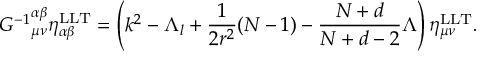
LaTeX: { { \cal G } ^ { - 1 } } _ { \mu \nu } ^ { \alpha \beta } \eta _ { \alpha \beta } ^ { \mathrm { L L T } } = \left( k ^ { 2 } - \Lambda _ { l } + \frac { 1 } { 2 r ^ { 2 } } ( N - 1 ) - \frac { N + d } { N + d - 2 } \Lambda \right) \eta _ { \mu \nu } ^ { \mathrm { L L T } } .